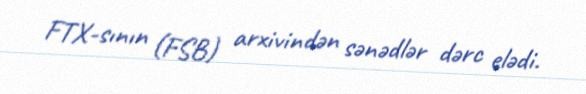
FTX-sının (FSB) arxivindən sənədlər dərc elədi.